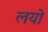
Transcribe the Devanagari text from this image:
लयो